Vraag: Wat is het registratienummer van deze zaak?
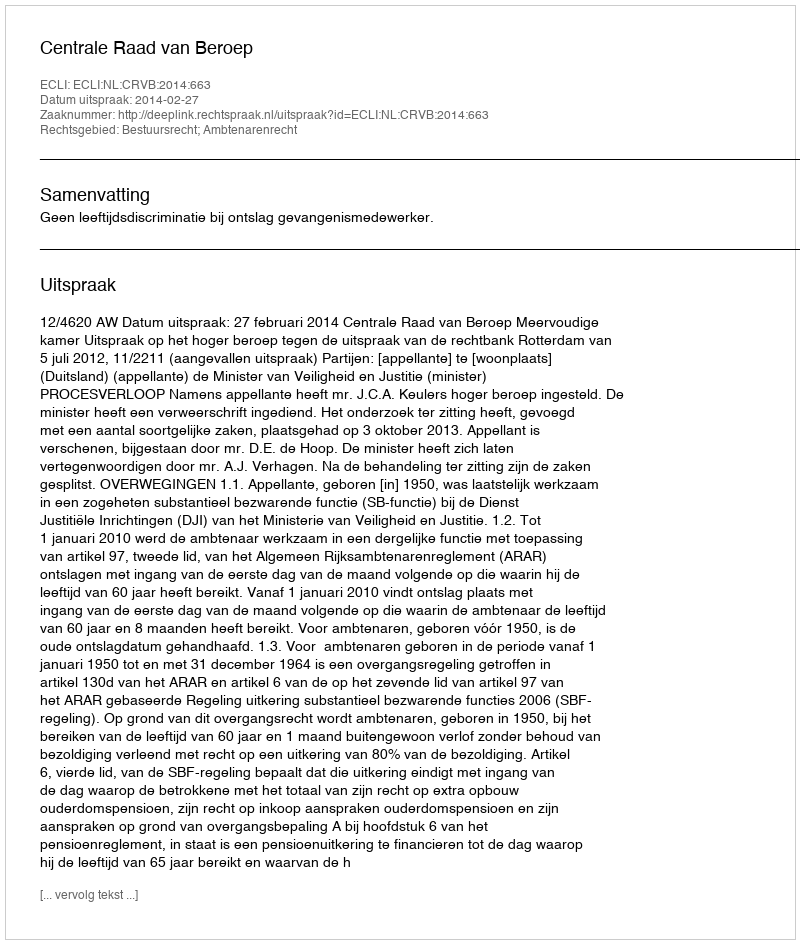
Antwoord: http://deeplink.rechtspraak.nl/uitspraak?id=ECLI:NL:CRVB:2014:663